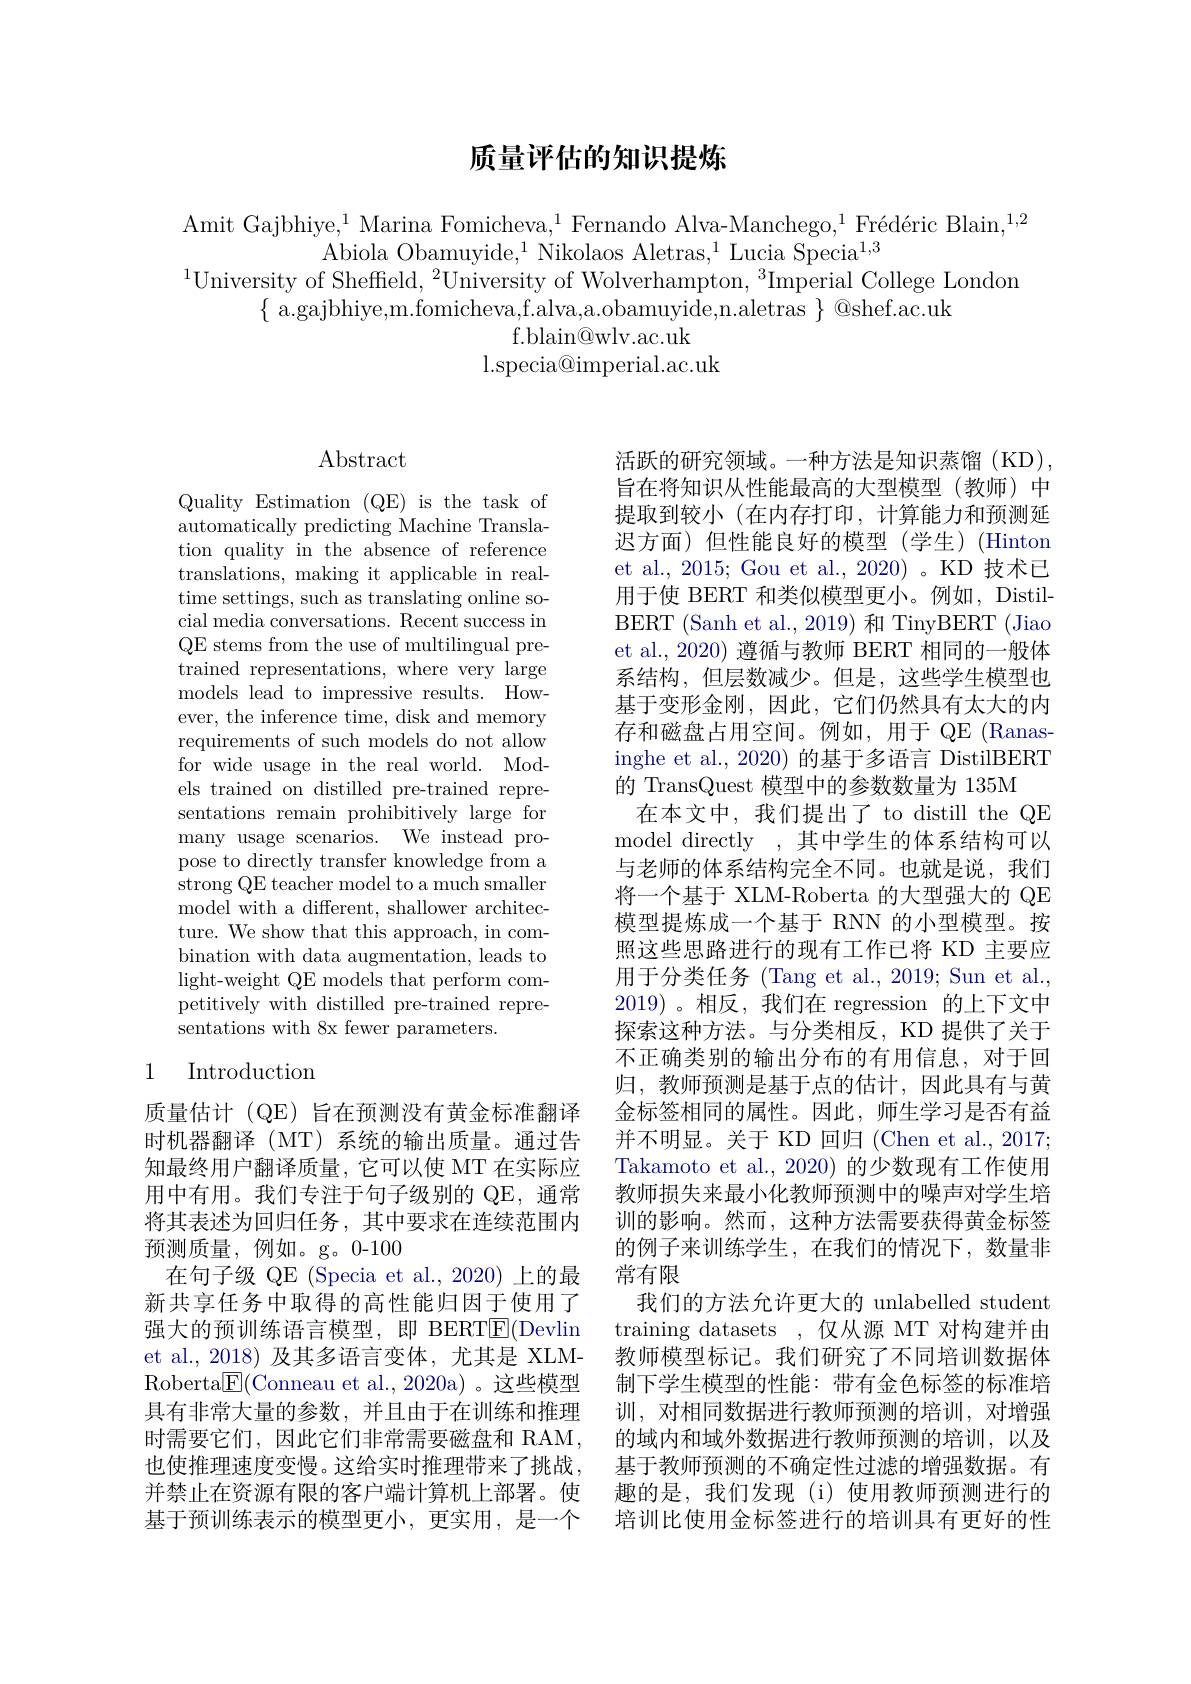
## 质量评估的知识提炼

Amit Gajbhiye,$^1$ Marina Fomicheva,$^1$ Fernando Alva-Manchego,$^1\text{Fr\'{e}d\'{e}ricBlain,}^{1,2}$
Abiola Obamuyide,$^1$Nikolaos Aletras,$^1$Lucia Specia$^{1,3}$
$^{1}$University of Sheffield, $^2$University of Wolverhampton, $^3$Imperial College London
$\{$ a.gajbhiye,m.fomicheva,f.alva,a.obamuyide,n.aletras $\}$ @shef.ac.uk
f. blain@ wlv. ac. uk
l. specia@ imperial. ac. uk

$\operatorname{Abstract}$

Quality Estimation (QE) is the task of automatically predicting Machine Translation quality in the absence of reference translations, making it applicable in realtime settings, such as translating online social media conversations. Recent success in QE stems from the use of multilingual pretrained representations, where very large models lead to impressive results. However, the inference time, disk and memory requirements of such models do not allow for wide usage in the real world. Models trained on distilled pre-trained representations remain prohibitively large for many usage scenarios. We instead propose to directly transfer knowledge from a strong QE teacher model to a much smaller model with a different, shallower architecture. We show that this approach, in combination with data augmentation, leads to light- weight QE models that perform com- petitively with distilled pre-trained representations with 8x fewer parameters.

## 1 Introduction

质量估计 (QE) 旨在预测没有黄金标准翻译时机器翻译(MT)系统的输出质量。通过告知最终用户翻译质量，它可以使 MT 在实际应用中有用。我们专注于句子级别的 QE,通常将其表述为回归任务，其中要求在连续范围内预测质量，例如。g。0-100
在句子级 QE (Specia et al.,2020) 上的最新共享任务中取得的高性能归因于使用了强大的预训练语言模型，即 BERT$\underline{\mathrm{E}}($Devlin et al., 2018) 及其多语言变体，尤其是 XLMRoberta$\boxed{\mathrm{F}}($Conneau et al., 2020a)。这些模型具有非常大量的参数，并且由于在训练和推理时需要它们，因此它们非常需要磁盘和 RAM , 也使推理速度变慢。这给实时推理带来了挑战， 并禁止在资源有限的客户端计算机上部署。使基于预训练表示的模型更小，更实用，是一个

活跃的研究领域。一种方法是知识蒸馏(KD), 旨在将知识从性能最高的大型模型(教师)中提取到较小(在内存打印，计算能力和预测延迟方面) 但性能良好的模型(学生)(Hinton et al., 2015; Gou et al., 2020) 。KD 技术已用于使 BERT 和类似模型更小。例如，DistilBERT (Sanh et al., 2019) 和 TinyBERT (Jiao et al., 2020) 遵循与教师 BERT 相同的一般体系结构，但层数减少。但是，这些学生模型也基于变形金刚，因此，它们仍然具有太大的内存和磁盘占用空间。例如，用于 QE (Ranasinghe et al., 2020) 的基于多语言 DistilBERT 的 TransQuest 模型中的参数数量为 135M
在本文中，我们提出了 to distill the QE model directly ,其中学生的体系结构可以与老师的体系结构完全不同。也就是说，我们将一个基于 XLM-Roberta 的大型强大的 QE 模型提炼成一个基于 RNN 的小型模型。按照这些思路进行的现有工作已将 KD 主要应用于分类任务 (Tang et al., 2019; Sun et al., 2019)。相反，我们在 regression 的上下文中探索这种方法。与分类相反，KD 提供了关于不正确类别的输出分布的有用信息，对于回归，教师预测是基于点的估计，因此具有与黄金标签相同的属性。因此，师生学习是否有益并不明显。关于 KD 回归 (Chen et al., 2017; Takamoto et al., 2020) 的少数现有工作使用教师损失来最小化教师预测中的噪声对学生培训的影响。然而，这种方法需要获得黄金标签的例子来训练学生，在我们的情况下，数量非常有限
我们的方法允许更大的 unlabelled student training datasets ,仅从源 MT 对构建并由教师模型标记。我们研究了不同培训数据体制下学生模型的性能：带有金色标签的标准培训，对相同数据进行教师预测的培训，对增强的域内和域外数据进行教师预测的培训，以及基于教师预测的不确定性过滤的增强数据。有趣的是，我们发现(i)使用教师预测进行的培训比使用金标签进行的培训具有更好的性